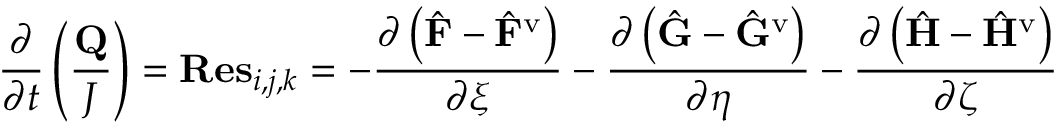
\frac { \partial } { \partial t } \left( \frac { \mathbf { Q } } { J } \right) = \mathbf { R e s } _ { i , j , k } = - \frac { \partial \left( \hat { \mathbf { F } } - \hat { \mathbf { F } } ^ { \mathrm { v } } \right) } { \partial \xi } - \frac { \partial \left( \hat { \mathbf { G } } - \hat { \mathbf { G } } ^ { \mathrm { v } } \right) } { \partial \eta } - \frac { \partial \left( \hat { \mathbf { H } } - \hat { \mathbf { H } } ^ { \mathrm { v } } \right) } { \partial \zeta }